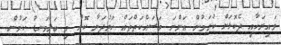
ވައިރަހާއި ދެކޮޅަށް ކުރަމުން އަންނަ މަސައްކަތްތައް ހަރުދަނާ ކޮށް މި ބަލިމަނޑު ކަމުން